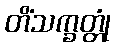
တိံသက္ခတ္တုံ